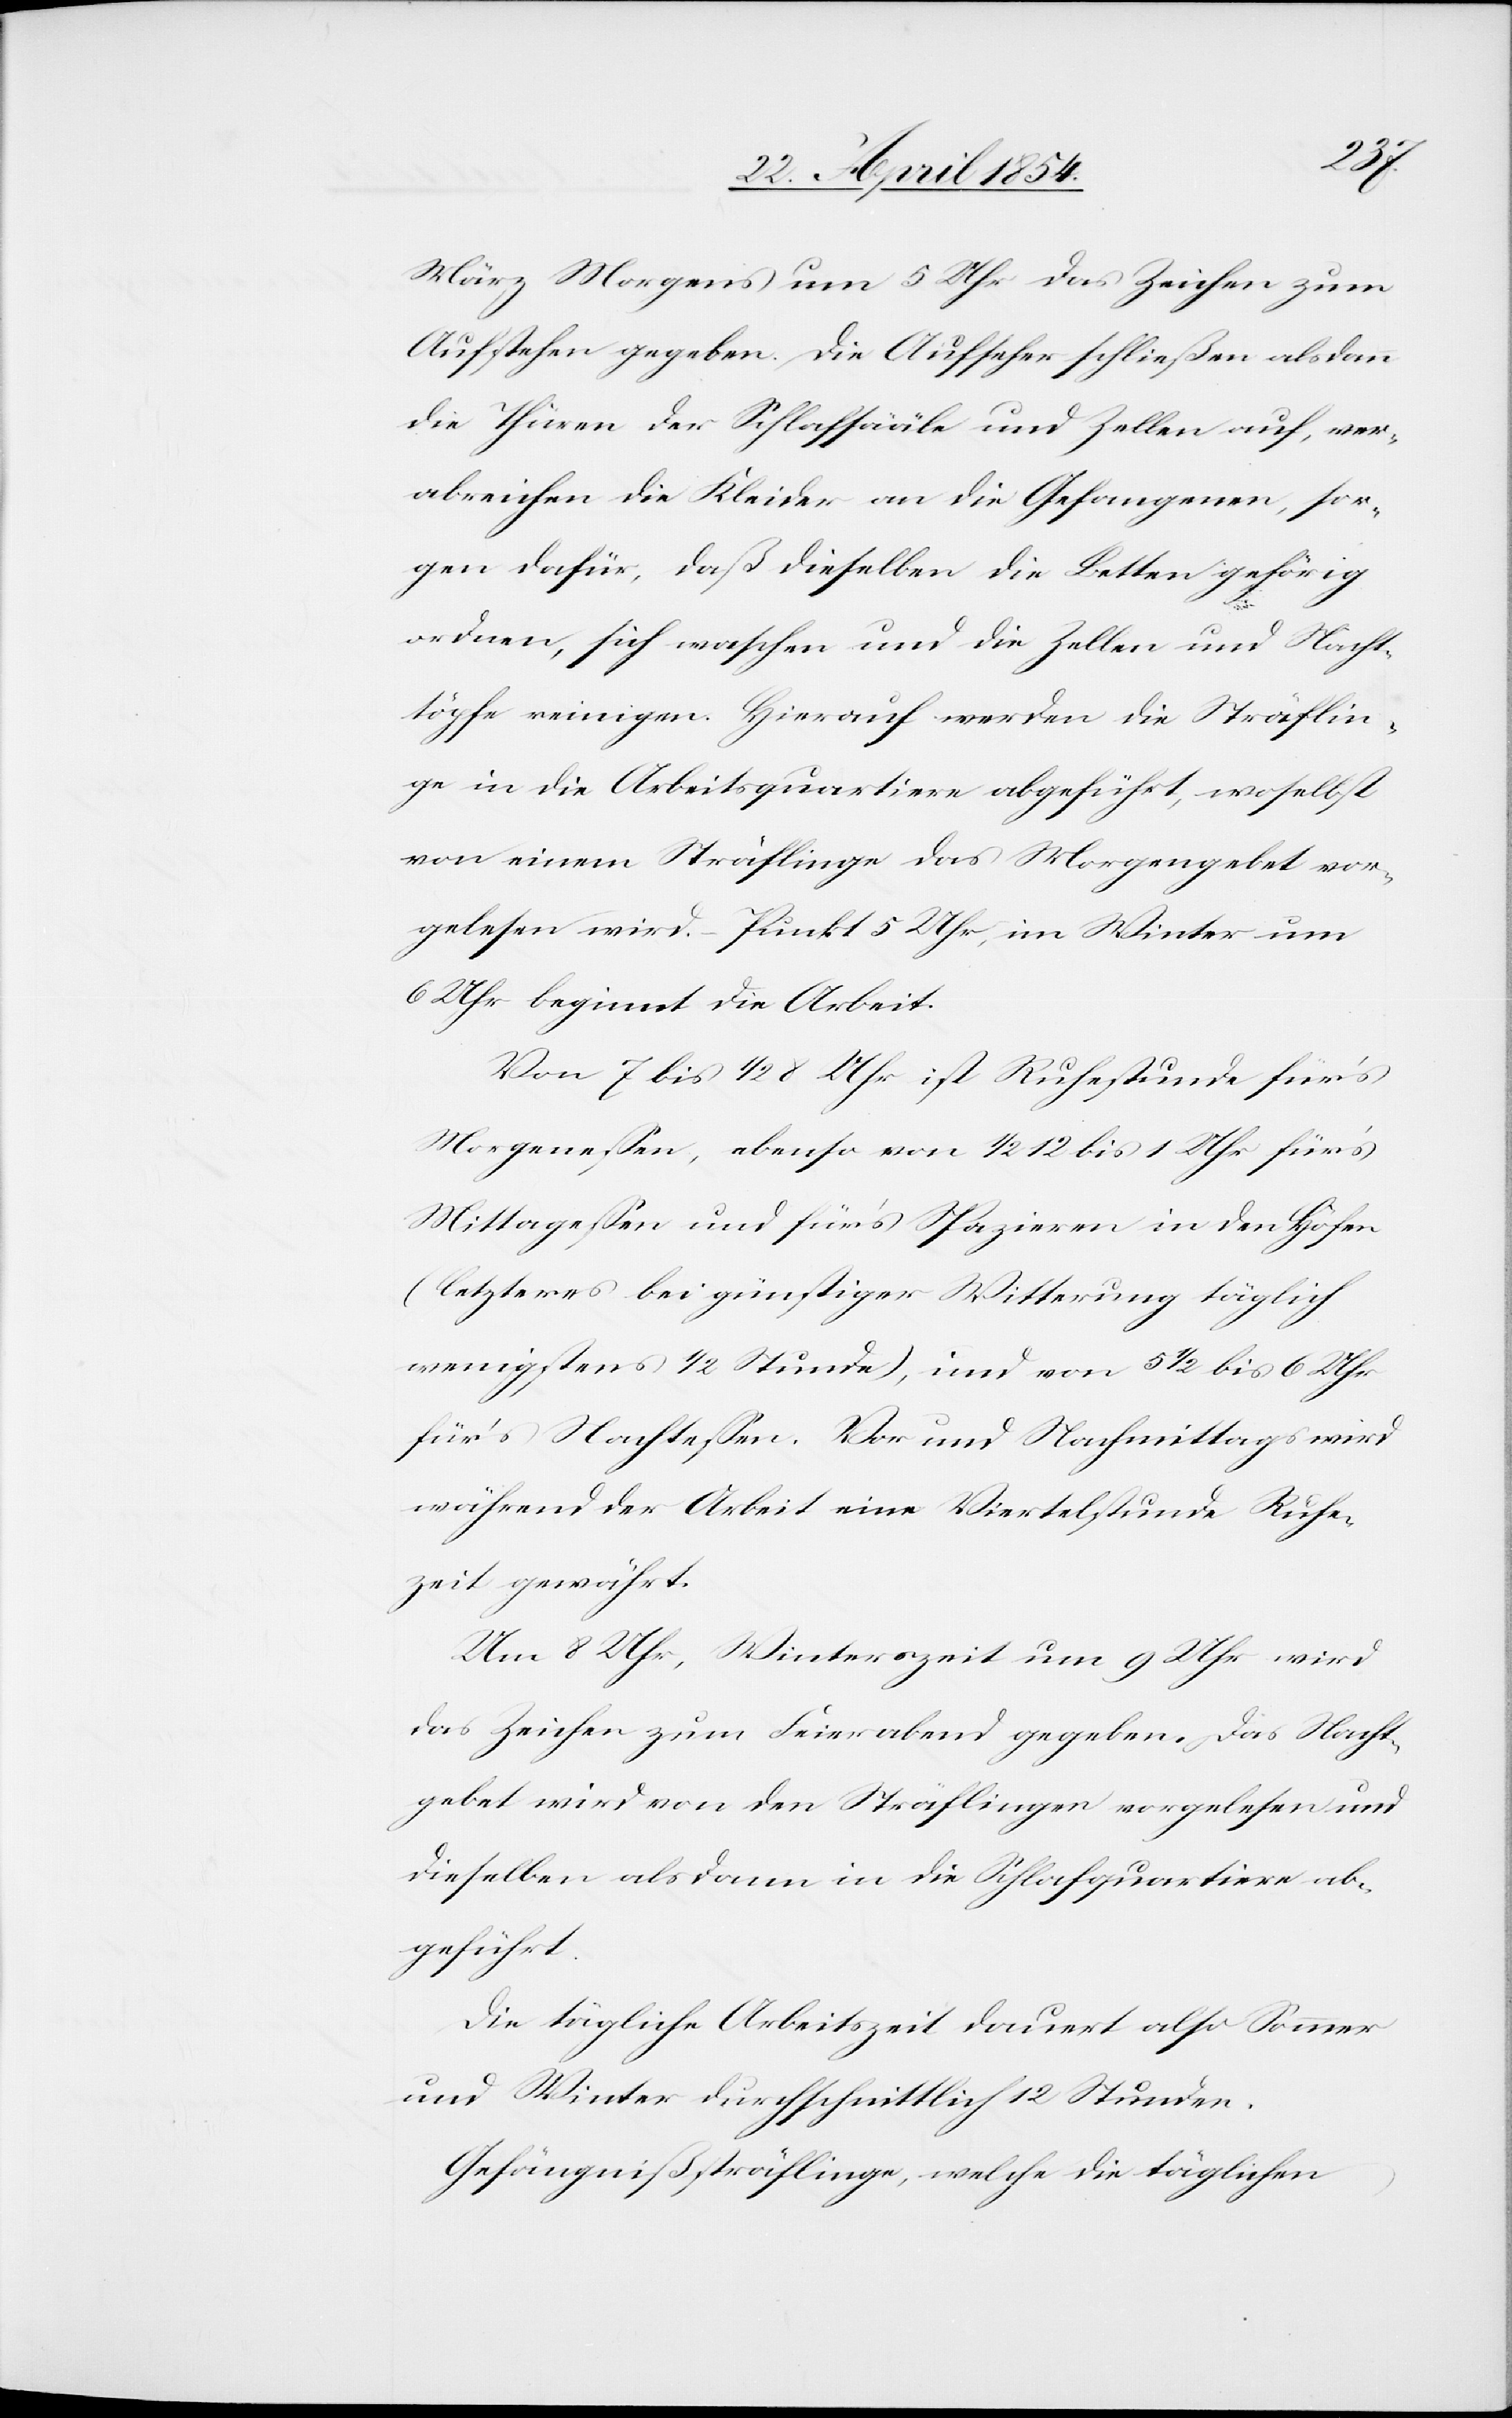
März Morgens um 5 Uhr das Zeichen zum
Aufstehen gegeben. Die Aufseher schließen alsdann
die Thüren der Schlafsääle und Zellen auf, ver¬
abreichen die Kleider an die Gefangenen, sor¬
gen dafür, daß dieselben die Betten gehörig
ordnen, sich waschen und die Zellen und Nacht¬
töpfe reinigen. Hierauf werden die Sträflin¬
ge in die Arbeitsquartiere abgeführt, woselbst
von einem Sträflinge das Morgengebet vor¬
gelesen wird. – Punkt 5 Uhr, im Winter um
6 Uhr beginnt die Arbeit.
Von 7 bis 1/2 8 Uhr ist Ruhestunde für’s
Morgeneßen, ebenso von 1/2 12 bis 1 Uhr für’s
Mittageßen und für’s Spazieren in den Höfen
(letzteres bei günstiger Witterung täglich
wenigstens 1/2 Stunde), und von 5 1/2 bis 6 Uhr
für’s Nachteßen. Vor[-] und Nachmittags wird
während der Arbeit eine Viertelstunde Ruhe¬
zeit gewährt.
Um 8 Uhr, Winterszeit um 9 Uhr wird
das Zeichen zum Feierabend gegeben. Das Nacht¬
gebet wird von den Sträflingen vorgelesen und
dieselben alsdann in die Schlafquartiere ab¬
geführt.
Die tägliche Arbeitszeit dauert also Sommer
und Winter durchschnittlich 12 Stunden.
Gefängnißsträflinge, welche die täglichen